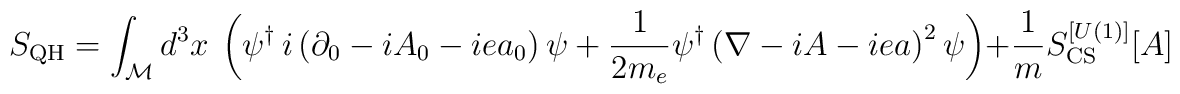
S_{\rm{QH}}=\int_{\cal M}d^3x~\left(\psi^\dagger\,i\left(\partial_0-iA_0-iea_0\right)\psi+\frac{1}{2m_e}\psi^\dagger\left(\nabla-iA-iea\right)^2\psi\right)+\frac{1}{m}S_{\rm{CS}}^{[U(1)]}[A]